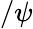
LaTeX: /\psi